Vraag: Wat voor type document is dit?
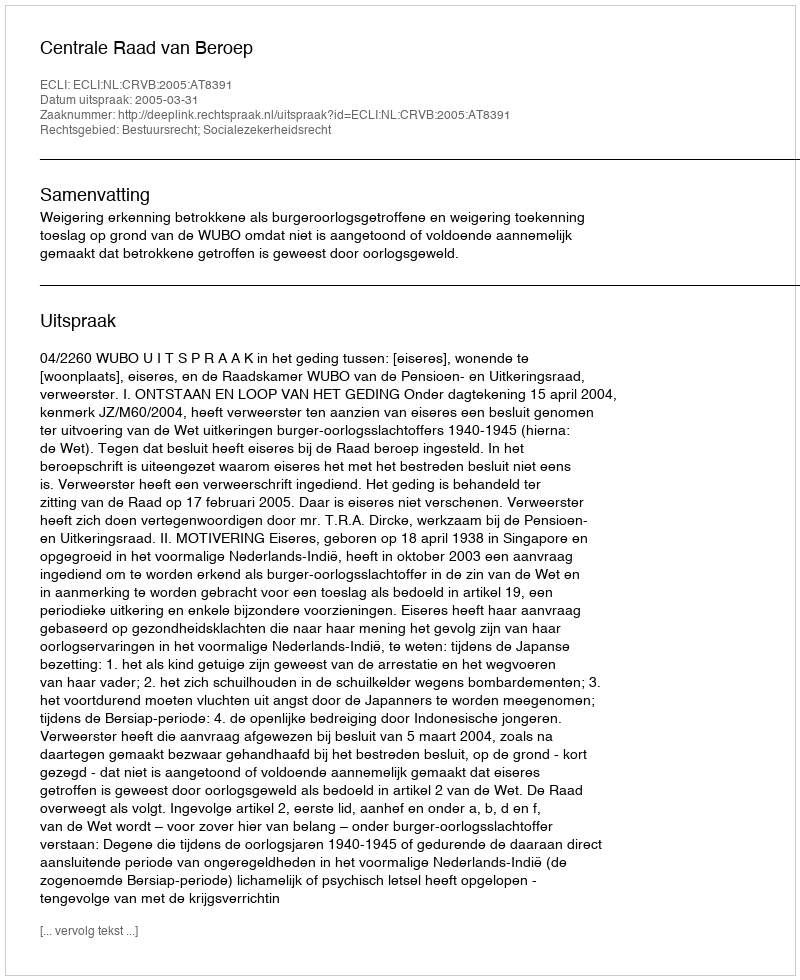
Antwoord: Uitspraak